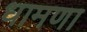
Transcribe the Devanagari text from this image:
धामणा